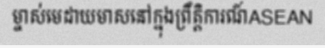
ម្ចាស់មេដាយមាសនៅក្នុងព្រឹត្តិការណ៍ASEAN